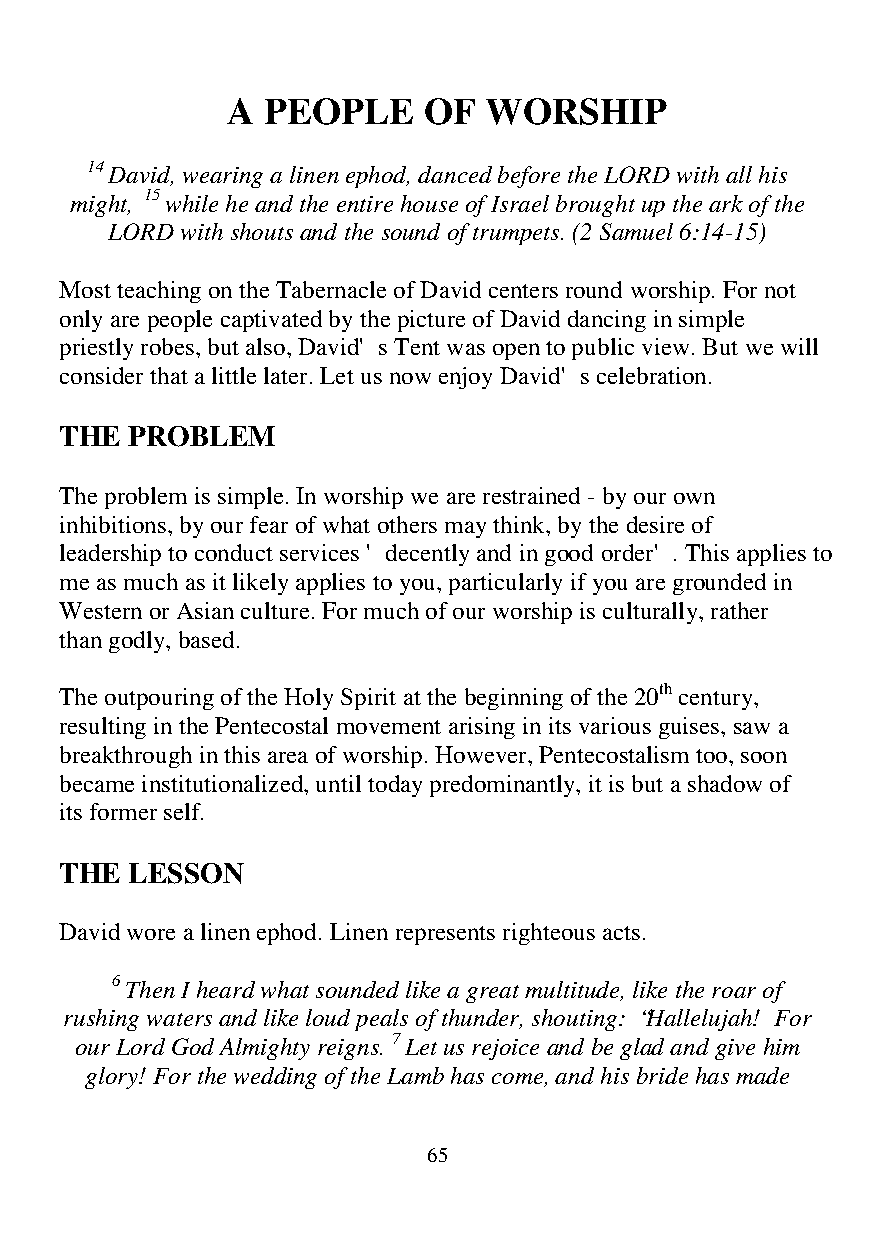
A PEOPLE     OF  WORSHIP
 14 David, wearing a linen ephod, danced before the LORD with all his
 might, 15 while he and the entire house of Israel brought up the ark of the
 LORD with shouts and the sound of trumpets. (2 Samuel 6:14-15)
 Most teaching on the Tabernacle of David centers round worship. For not
 only are people captivated by the picture of David dancing in simple
 priestly robes, but also, David's Tent was open to public view. But we will
 consider that a little later. Let us now enjoy David's celebration.
 THE PROBLEM
 The problem is simple. In worship we are restrained - by our own
 inhibitions, by our fear of what others may think, by the desire of
 leadership to conduct services 'decently and in good order'. This applies to
 me as much as it likely applies to you, particularly if you are grounded in
 Western or Asian culture. For much of our worship is culturally, rather
 than godly, based.
 The outpouring of the Holy Spirit at the beginning of the 20th century,
 resulting in the Pentecostal movement arising in its various guises, saw a
 breakthrough in this area of worship. However, Pentecostalism too, soon
 became institutionalized, until today predominantly, it is but a shadow of
 its former self.
 THE LESSON
 David wore a linen ephod. Linen represents righteous acts.
 6 Then I heard what sounded like a great multitude, like the roar of
 rushing waters and like loud peals of thunder, shouting: “Hallelujah! For
 our Lord God Almighty reigns. 7 Let us rejoice and be glad and give him
 glory! For the wedding of the Lamb has come, and his bride has made
 65